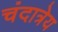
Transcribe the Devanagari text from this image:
चंदात्रेय